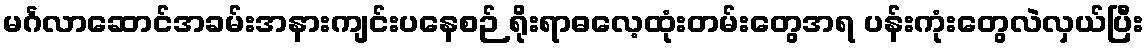
မင်္ဂလာဆောင်အခမ်းအနားကျင်းပနေစဉ် ရိုးရာဓလေ့ထုံးတမ်းတွေအရ ပန်းကုံးတွေလဲလှယ်ပြီး